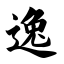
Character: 逸